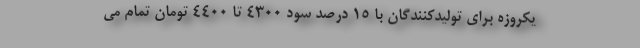
یکروزه برای تولیدکنندگان با ۱۵ درصد سود ۴۳۰۰ تا ۴۴۰۰ تومان تمام می